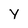
Character: Y